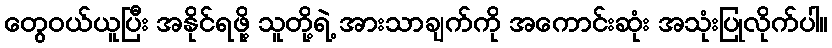
တွေ၀ယ်ယူပြီး အနိုင်ရဖို့ သူတို့ရဲ့ အားသာချက်ကို အကောင်းဆုံး အသုံးပြုလိုက်ပါ။